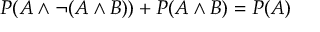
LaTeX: P ( A \land \neg ( A \land B ) ) + P ( A \land B ) = P ( A )